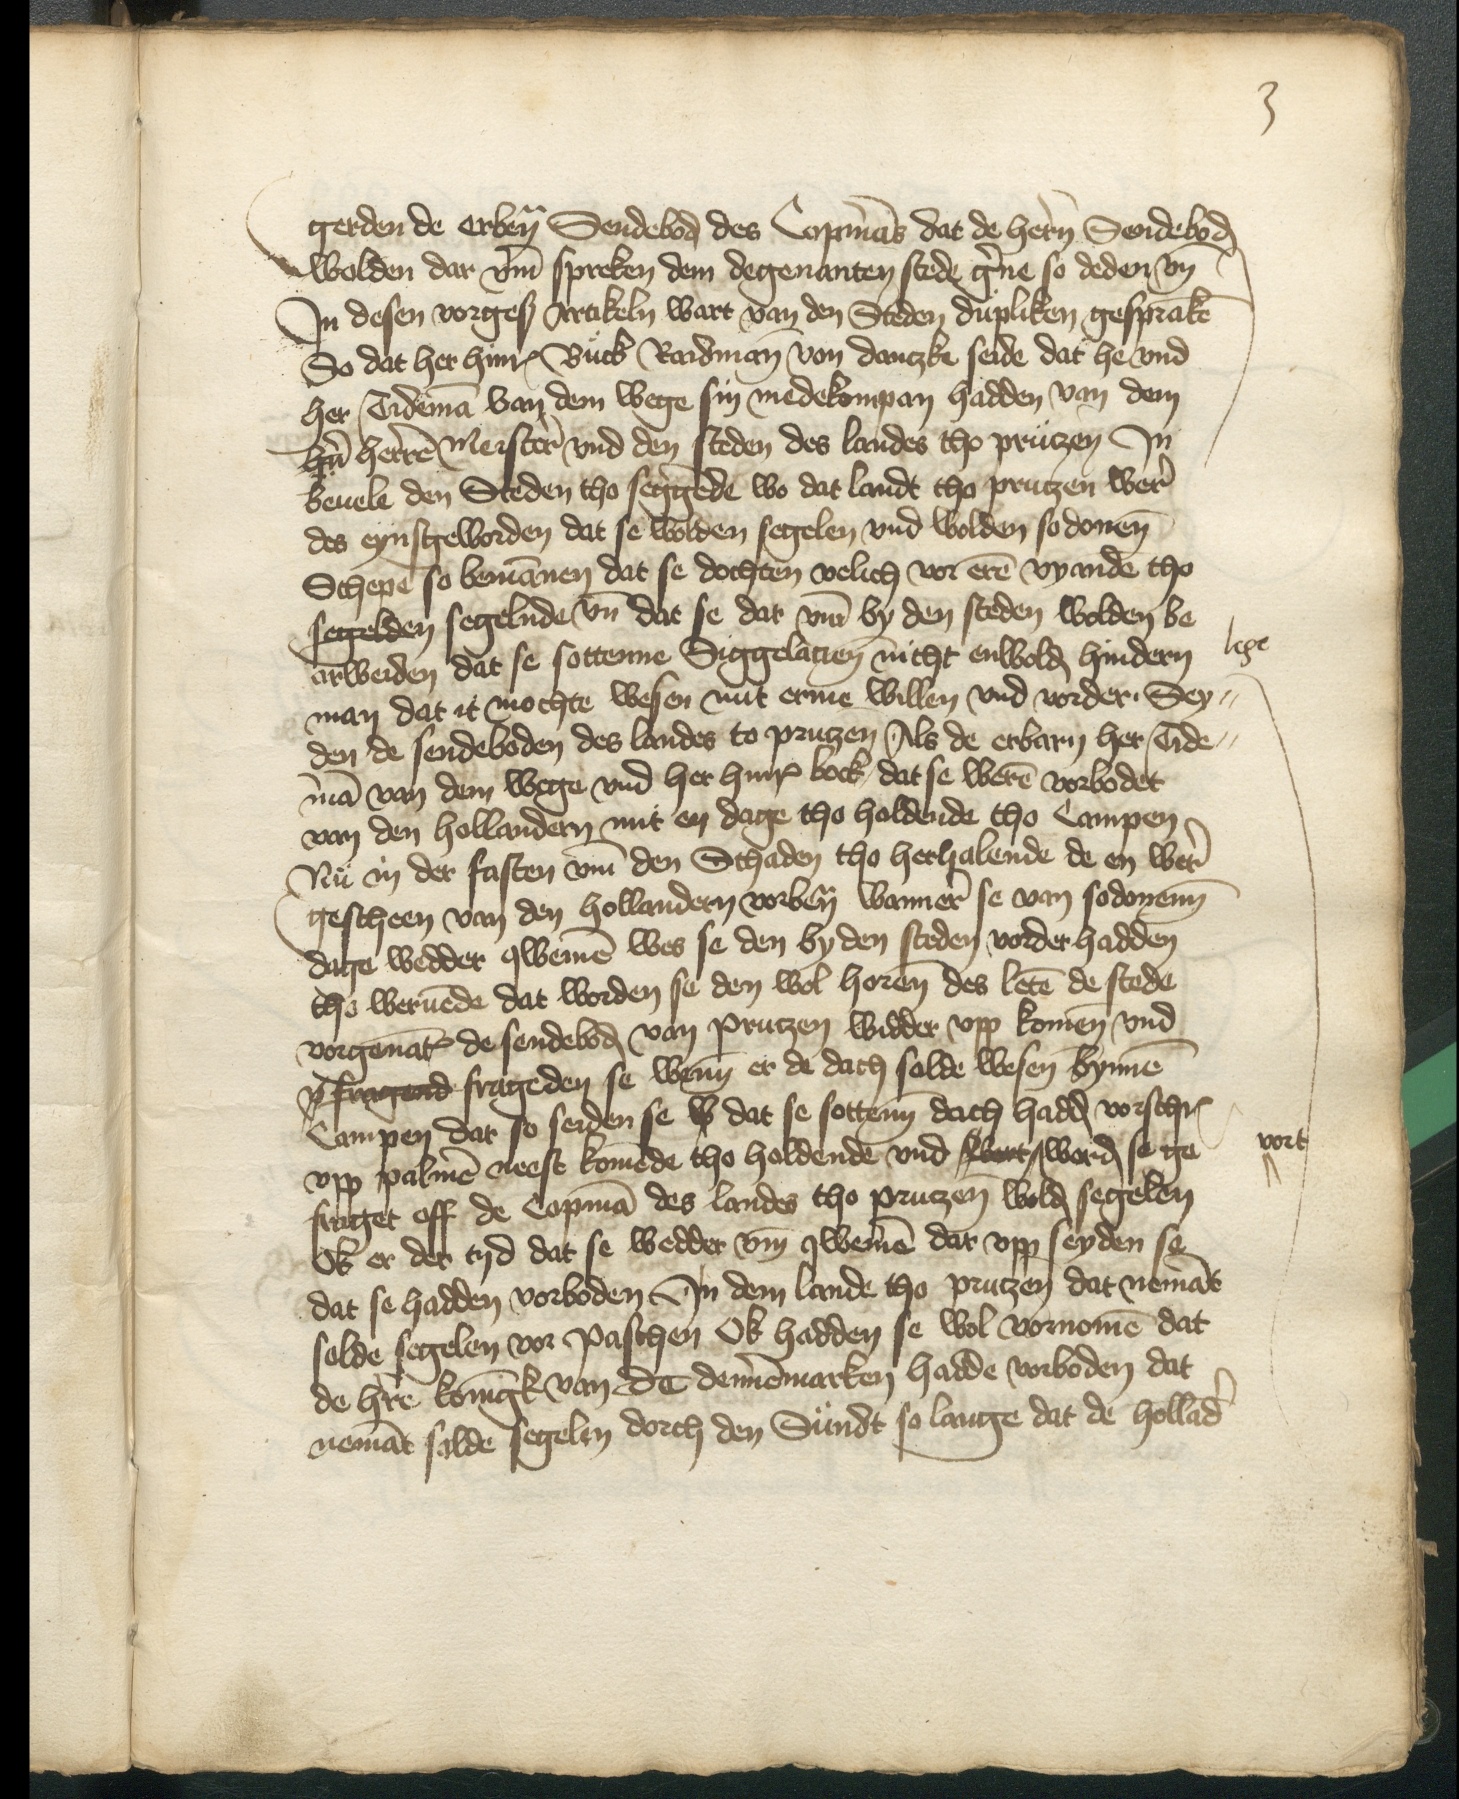
3

gerden de erbenomden Sendeboden des Copmans dat de heren Sendeboden
wolden dar vmme spreken dem degenanten stede gerne so deden vnde
Jn desen vorgescreuen Artikeln wart van den Steden dupliken gespraken
So dat her Hinrick Buck Raidman von Dantzke seide dat he vnd
her Tideman van dem Wege sin medekompan hadden van dem
hern herren Meister vnd den steden des landes tho Prutzen Jn
beuele den Steden tho seggende wo dat lande tho Prutzen wer
des eynsgeworden dat se wolden segelen vnd wolden sodonen
Schepe so bemannen dat se dochten velich vor eren vyande tho
segelden segelnde vnde dat se dar vmme by den steden wolden be
arbbeiden dat se sottenne Siggelatien nicht enwolden hindern
man dat it mochte wesen mit ermen willen vnd vorder, Sey¬
den de sendeboden des landes to Prutzen, Als de erbarn her Tide¬
man van dem Wege vnd her Hinrick bock, dat se weren vorbodet
van den Hollandern mit en dage tho holdende tho Campene
Nu an der fasten vmme den Schaden tho herhalende de en were
gescheen van den Hollandern vorbenomed wanner se van sodonenn
date wedder qwemen wes se den by den steden vorder hadden
tho weruende dat worden se den wol horen des leten de stede
vorgenant de sendeboden van Prutzen widder vpp komen vnd
p fragend frageden se wenn er de dach solde wesen bynnen
Campen dar so seiden se w dat se sottenn dach hadden vorschreuen
vpp palmen neest komende tho holdende vnd Wert ^ worden se ge¬
fraget off de Copman des landes tho Prutzen wolden segelen
Ok er der tyd dat se wedder vmme qwemen dar vpp seyden se
dat se hadden vorboden Jn dem lande tho Prutzen dat nemant
solde segelen vor Paschen Ok hadden se wol vornomen dat
de here Koningk van De Dennemarken hadde vorboden dat
nemant solde segelen dorch den Sundt so lange dat de Hollander

lege

vort